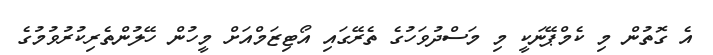
އެ ގޮތުން މި ކެމްޕޭނަކީ މި މަސްދުވަހުގެ ތެރޭގައި އޯޓިޒަމްއަށް މީހުން ހޭލުންތެރިކުރުވުމުގެ